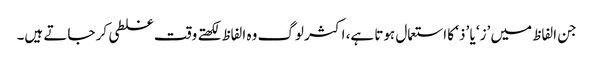
جن الفاظ میں ’ز‘ یا ’ذ‘ کا استعمال ہوتا ہے، اکثر لوگ وہ الفاظ لکھتے وقت غلطی کر جاتے ہیں۔